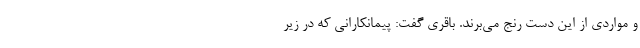
و مواردی از این دست رنج می‌برند. باقری گفت: پیمانکارانی که در زیر